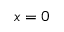
x = 0